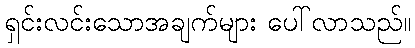
ရှင်းလင်းသောအချက်များ ပေါ်လာသည်။